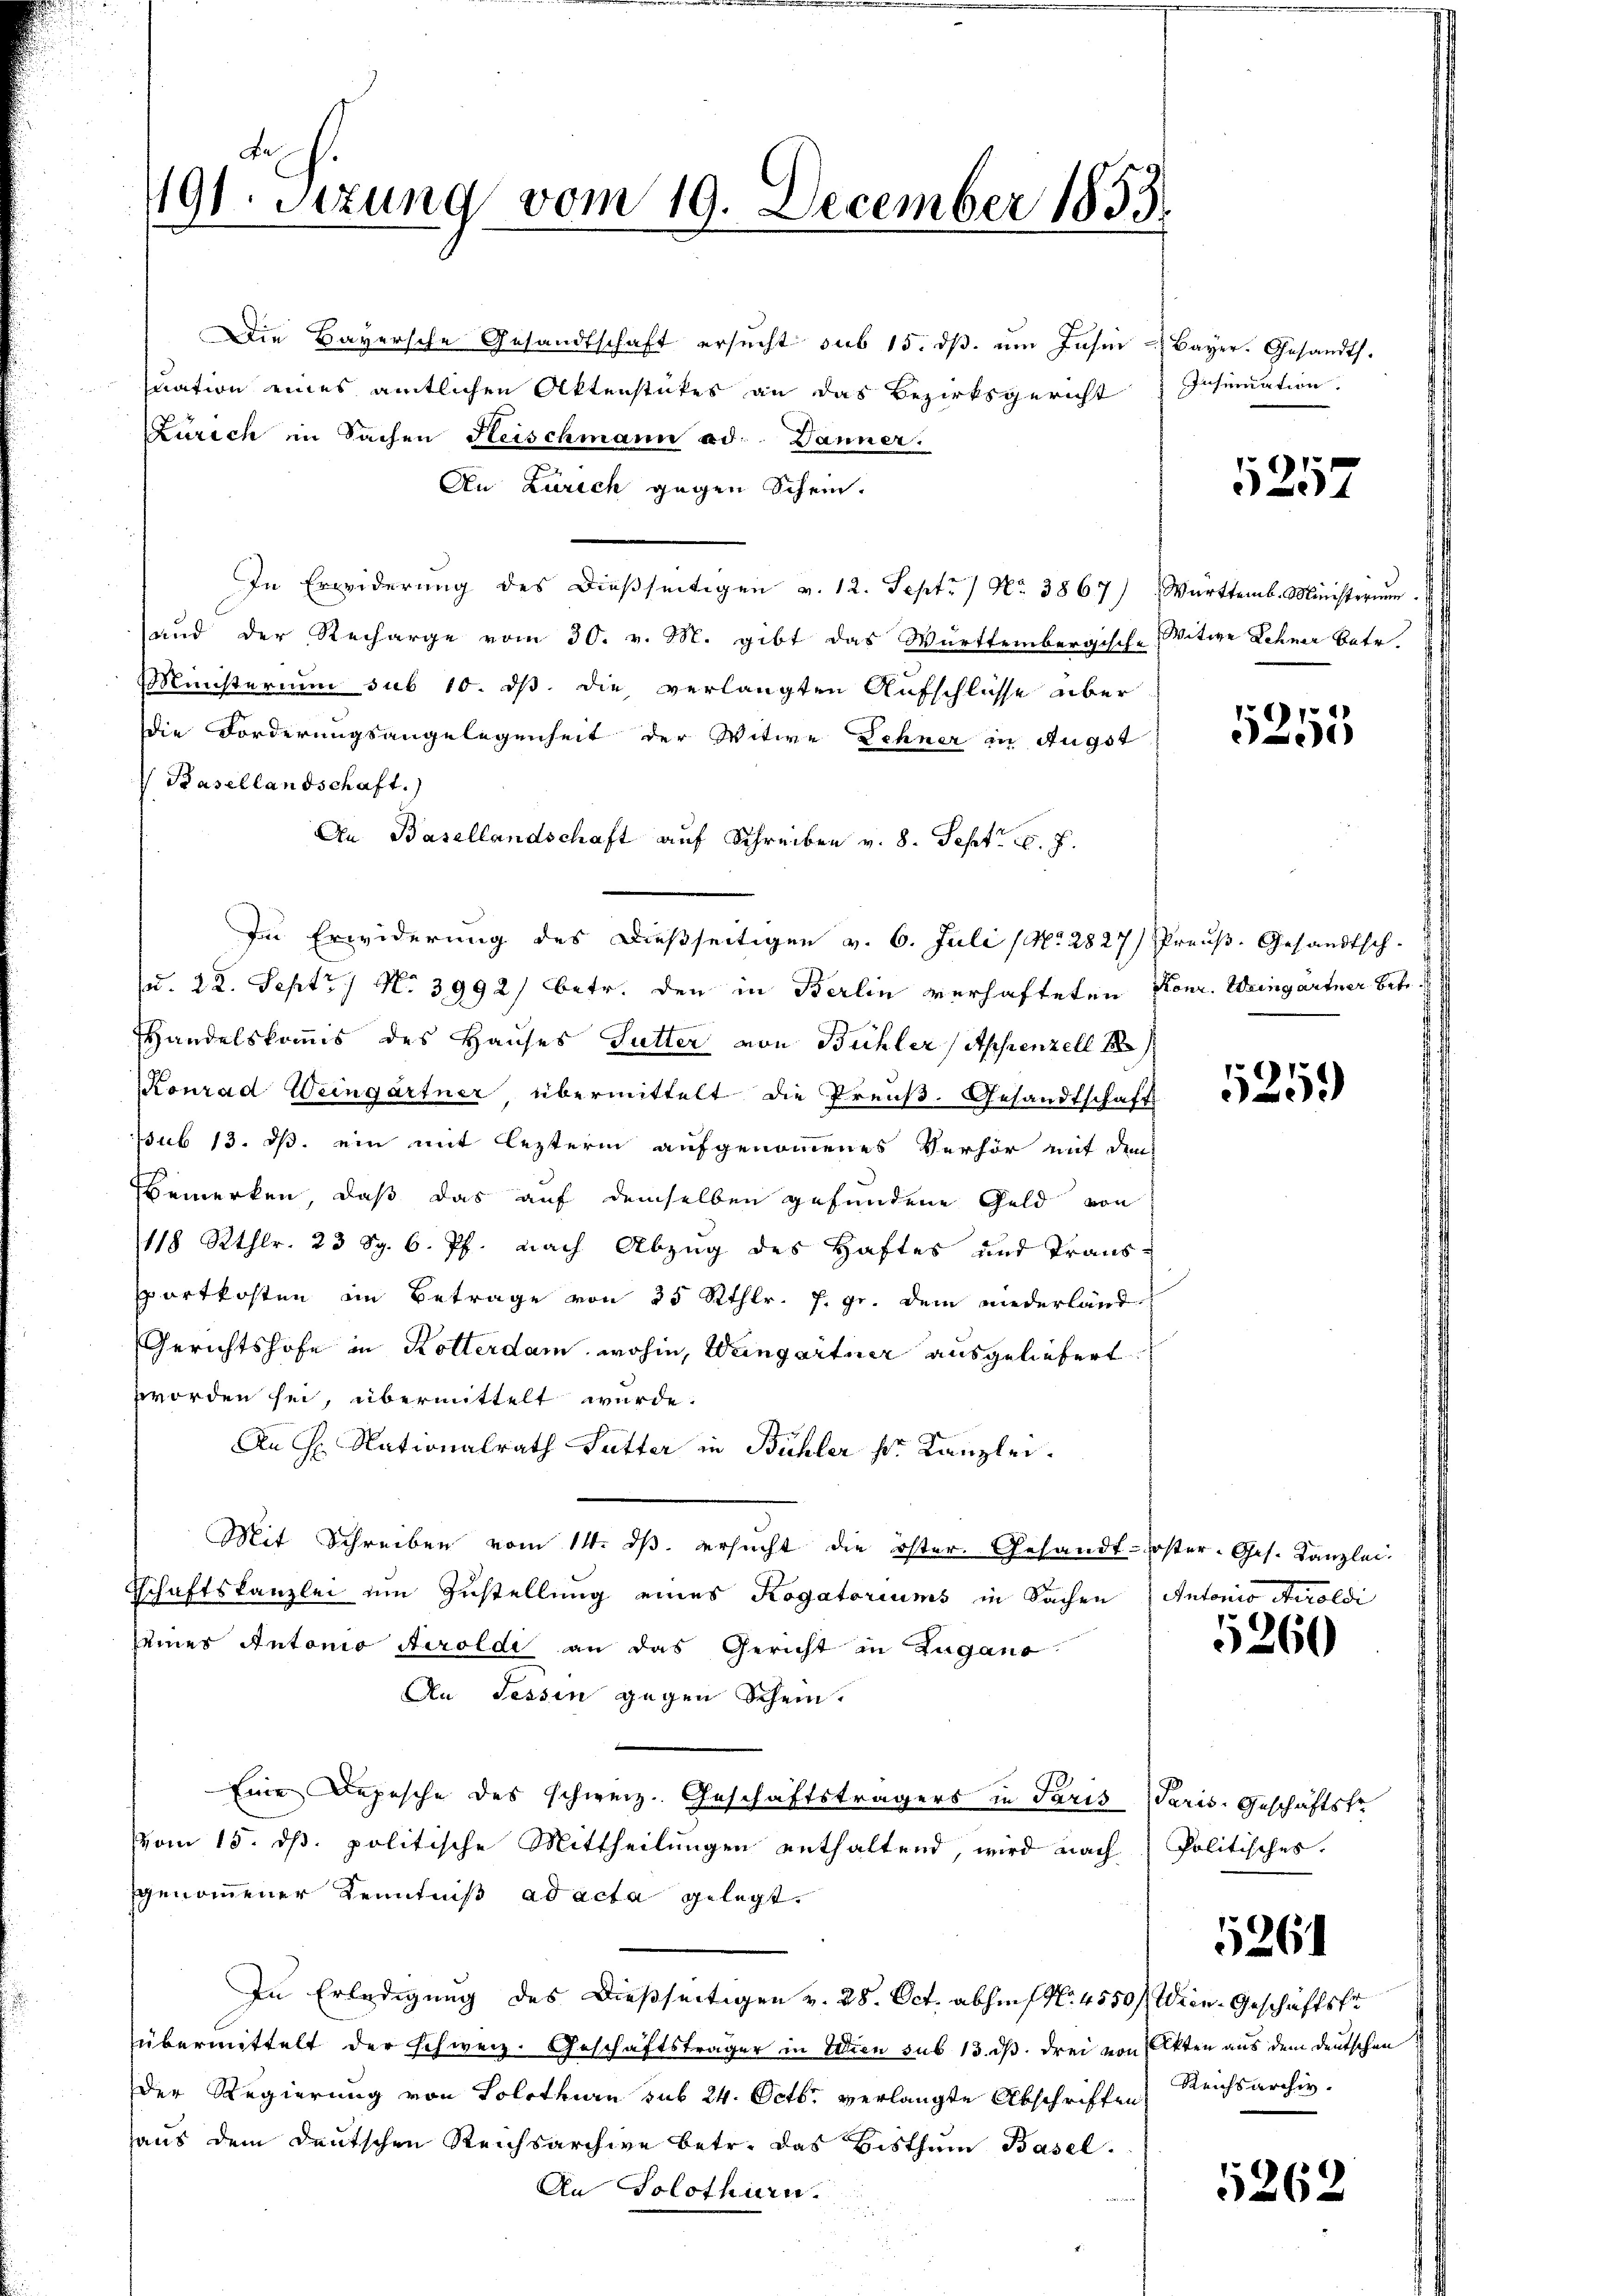
191. Sitzung vom 19. December 1833.

Die Bayersche Gesandtschaft ersŭcht sub 15. dβ. um Jasin - Bayer. Gesandts.
uation eines amtlichen Aktenstückes an das Bezirksgericht
Zürich im Sachen Fleischmann ad. Danner.
An Zürich gegen Schein.
In Erwiderŭng des Dieβseitigen v. 12. Sept. 1 No 3867) Württemb. Ministerium.
und der Recharge vom 30. v. M. gibt das Württembergische Witwe Lehner Betr.
Ministerium sub 10. dß die verlangten Aufschlüsse aber
die Forderungsangelegenheit der Witwe Sehner in Augst
 Basellandschaft.
An Basellandschaft auf Schreiben v. 8. Sept. v. J.
Im Erwiderung des Dießseitigen v. 6. Juli (No. 2827) Preuß. Gesandtsch.
(u. 22. Sept 17 No 3992) betr. den in Berlin verhafteten Konr. Weingartner betr
f
HHandelskomis des Hauses Gutter von Büchler (Appenzell A.
Konrad Weingartner, übermittelt die Preuß. Gesandtschaft
ssub 13. ds. ein mit lezterm aufgenommenes Verhör mit den
Bemerken, daß das auf demselben gefundene Geld von
118 Rthlr. 23 S. 6. Pf. nach Abzug des Haftes und Transsportkosten im Betrage von 25 Rthlr. f. gr. dem niederländ
Gerichtshofe in Kotterdam, wohin, Weingartner ausgeliefert
worden sei, übermittelt wurde.
An Hr. Nationalrath Sutter in Bühler sr. Kanzlei.
Mit Schreiben vom 14. dβ. ersŭcht die öster. Gesandt-Koster-Ges. Kanzlei.
tschaftskanzlei um Zustellung eines Kogatoriums in Sachen Antonio Airoldi
seines Antonio Airolde an das Gericht in Zugano
An Tessin gegen Schein.
Eine Depesche des schweiz. Geschäftsträgers in Paris Paris-Geschäftstr
vom 15. dß. politische Mittheilungen enthaltend, wird nach Politisches.
genommener Kenntniß ad acta gelegt.
In Erledigung des Dießseitigen v. 28. Oct. abhin (No. 4550 f. Wien. Geschäftsfr
übermittelt der schweiz. Geschäftsträger in Wien sub 13. ds. drei von Akten aus dem deutschen
Der Regierung von Solothurn sub 24. Octbr. verlangte Abschriften Reichsarchiv.
haus dem deutschen Reichsarchive betr. das Bisthum Basel
An Solothurn.

Insinuation.

5257

5255

1259)

5260

1261

5262